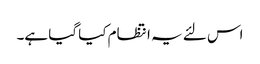
اس لئے یہ انتظام کیا گیا ہے۔